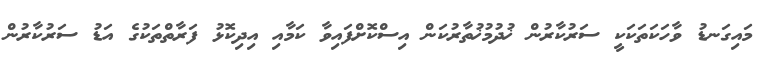
މައިގަނޑު ވާހަކަތަކަކީ ސަރުކާރުން ޚުދުމުޚުތާރުކަން އިސްކޮށްފައިވާ ކަމާއި އިދިކޮޅު ފަރާތްތަކުގެ އަޑު ސަރުކާރުން